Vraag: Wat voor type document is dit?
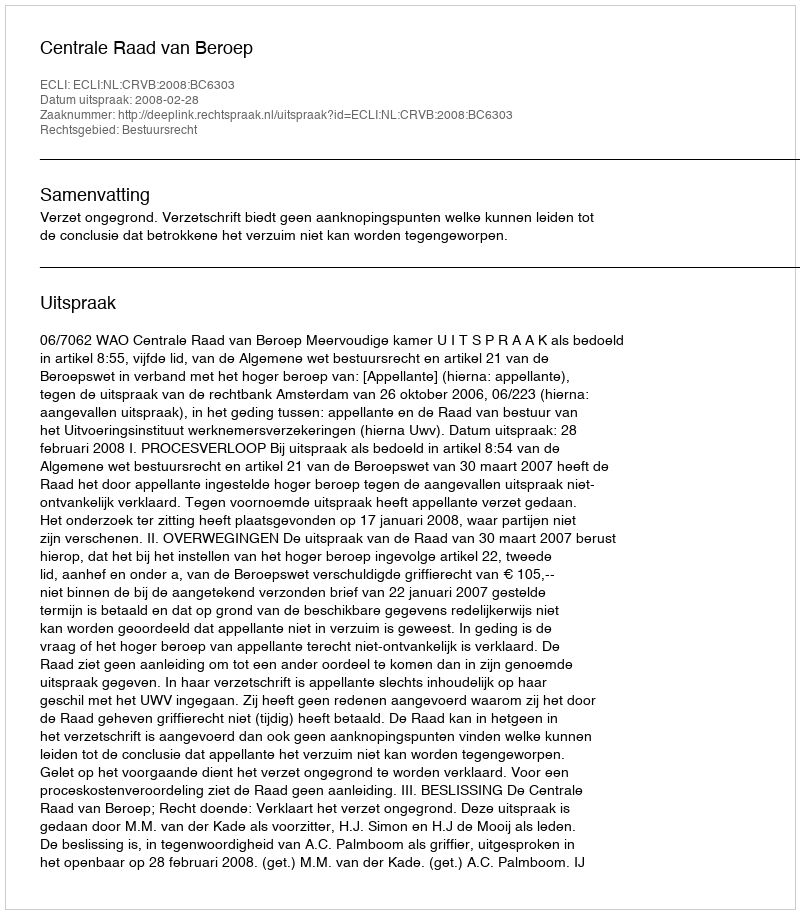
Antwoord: Uitspraak